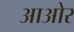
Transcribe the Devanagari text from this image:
आओर